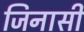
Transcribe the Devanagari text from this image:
जिनासी